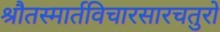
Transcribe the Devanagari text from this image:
श्रौतस्मार्तविचारसारचतुरो